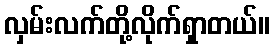
လှမ်းလက်တို့လိုက်ရှာတယ်။